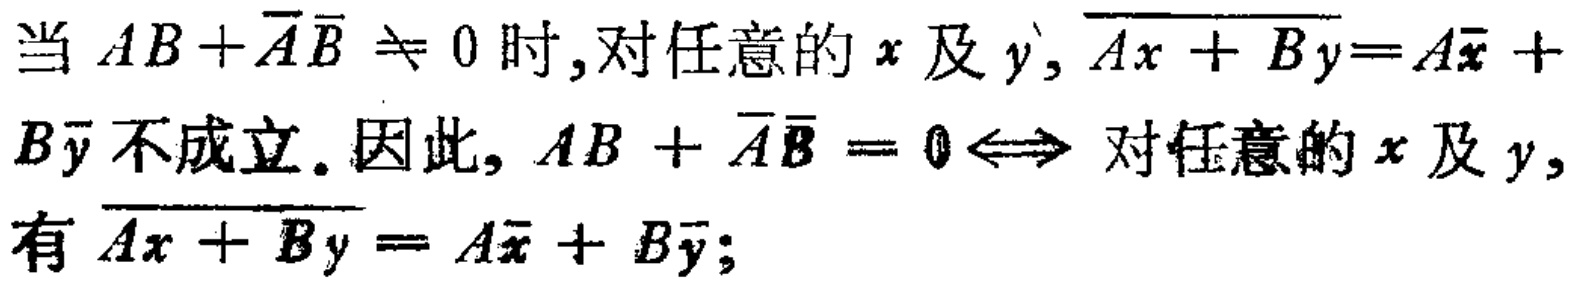
当 \(AB+\overline{A}\overline{B} \neq 0\) 时,对任意的 \(x\) 及 \(y\), \(\overline{Ax + By}=A\overline{x} + B\overline{y}\)不成立. 因此, \(AB + \overline{A}\overline{B} = 0 \Leftrightarrow\) 对任意的 \(x\) 及 \(y\), 有 \(\overline{Ax + By} = A\overline{x} + B\overline{y}\);